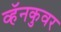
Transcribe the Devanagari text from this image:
व्हॅनकुवर